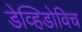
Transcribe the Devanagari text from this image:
डेव्हिडोविच